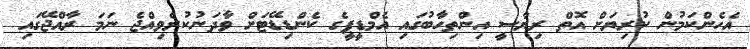
އެހެންކަމުން ކުރިޔަށް އޮތް ރިޔާސީ އިންތިހާބުގައި އެމްޑީޕީގެ ކެންޑިޑޭޓަށް ވާދަނުކުރެވިއްޖެ ނަމަ ރާއްޖޭގައި